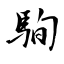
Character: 駨